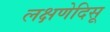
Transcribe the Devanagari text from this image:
लक्षणेदिसू